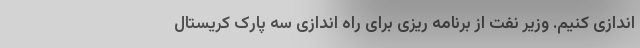
اندازی کنیم. وزیر نفت از برنامه ریزی برای راه اندازی سه پارک کریستال